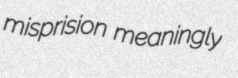
misprision meaningly